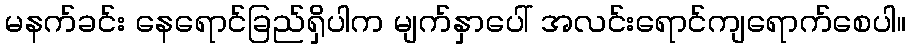
မနက်ခင်း နေရောင်ခြည်ရှိပါက မျက်နှာပေါ် အလင်းရောင်ကျရောက်စေပါ။